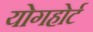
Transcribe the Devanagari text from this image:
योगहोर्ट